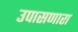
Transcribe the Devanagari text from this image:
उपासणारा